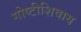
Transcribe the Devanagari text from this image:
गोष्टीशिवाय